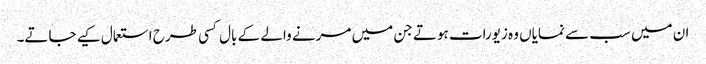
ان میں سب سے نمایاں وہ زیورات ہوتے جن میں مرنے والے کے بال کسی طرح استعمال کیے جاتے۔